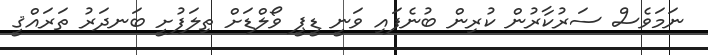
ނަމަވެސް ސަރުކާރުން ކުރިން ބުނެފައި ވަނީ ޑީޕީ ވޯލްޑަށް ތިލަަފުށީ ބަނދަރު ތަރައްޤީ